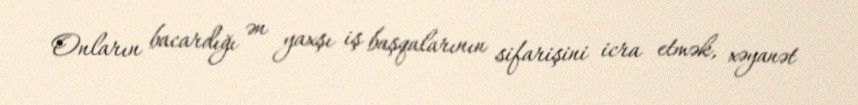
Onların bacardığı ən yaxşı iş başqalarının sifarişini icra etmək, xəyanət